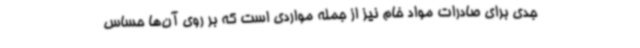
جدی برای صادرات مواد خام نیز از جمله مواردی است که بر روی آن‌ها حساس